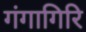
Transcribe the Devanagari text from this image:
गंगागिरि